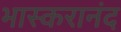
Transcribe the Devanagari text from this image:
भास्करानंद